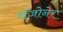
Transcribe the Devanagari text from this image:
रॉजोनेर